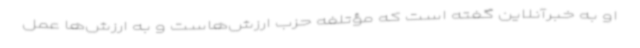
او به خبرآنلاین گفته است که مؤتلفه حزب ارزش‌هاست و به ارزش‌ها عمل